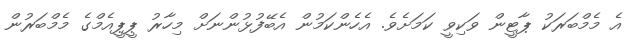
އެ މެމްބަރަކު ޕާޓީން ވަކިވީ ކަމަށެވެ. އެހެންކަމުން އެބޭފުޅުންނަށް މިހާރު ޕީޕީއެމްގެ މެމްބަރުން